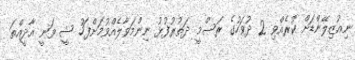
ނިއުޒިލޭންޑަށް ކުރެއްވި 2 ދުވަހުގެ ރަސްމީ ދަތުރުފުޅު ނިންމަވާލެއްވުމަށްފަހު ޝީ ވަނީ އާދީއްތަ